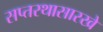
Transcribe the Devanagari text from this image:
सप्तरथासारखे